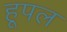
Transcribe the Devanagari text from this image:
हूपल